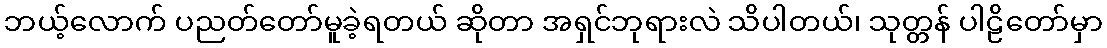
ဘယ့်လောက် ပညတ်တော်မူခဲ့ရတယ် ဆိုတာ အရှင်ဘုရားလဲ သိပါတယ်၊ သုတ္တန် ပါဠိတော်မှာ